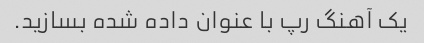
یک آهنگ رپ با عنوان داده شده بسازید.